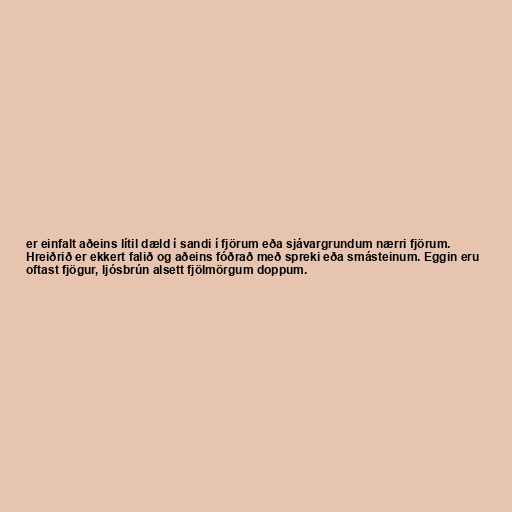
er einfalt aðeins lítil dæld í sandi í fjörum eða sjávargrundum nærri fjörum.
Hreiðrið er ekkert falið og aðeins fóðrað með spreki eða smásteinum. Eggin eru
oftast fjögur, ljósbrún alsett fjölmörgum doppum.